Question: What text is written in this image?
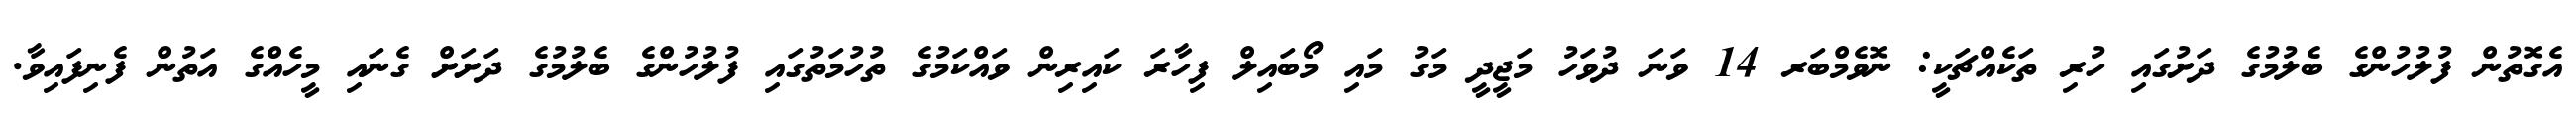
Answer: އެގޮތުން ފުލުހުންގެ ބެލުމުގެ ދަށުގައި ހުރި ތަކެއްޗަކީ: ނޮވެމްބަރ 14 ވަނަ ދުވަހު މަޖީދީ މަގު މައި މޯބައިލް ފިހާރަ ކައިރިން ވައްކަމުގެ ތުހުމަތުގައި ފުލުހުންގެ ބެލުމުގެ ދަށަށް ގެނައި މީހެއްގެ އަތުން ފެނިފައިވާ.